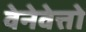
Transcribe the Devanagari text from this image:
वेनेवेत्तो